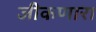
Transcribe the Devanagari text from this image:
जीकणारा